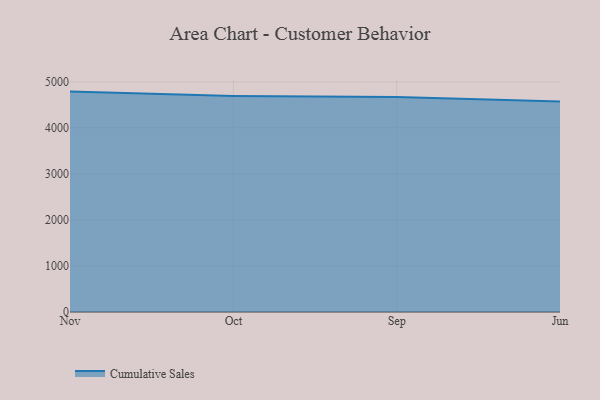
{"axis": {"x": "Month", "y": "Net Income (USD K)"}, "legend": ["Cumulative Sales"], "data": [{"x": "Nov", "y": 4789.2, "type": "Cumulative Sales"}, {"x": "Oct", "y": 4696.1, "type": "Cumulative Sales"}, {"x": "Sep", "y": 4671.2, "type": "Cumulative Sales"}, {"x": "Jun", "y": 4573.4, "type": "Cumulative Sales"}]}